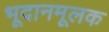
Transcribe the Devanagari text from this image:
भूदानमूलक